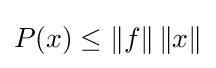
P(x)\leq \|f\|\,\|x\|